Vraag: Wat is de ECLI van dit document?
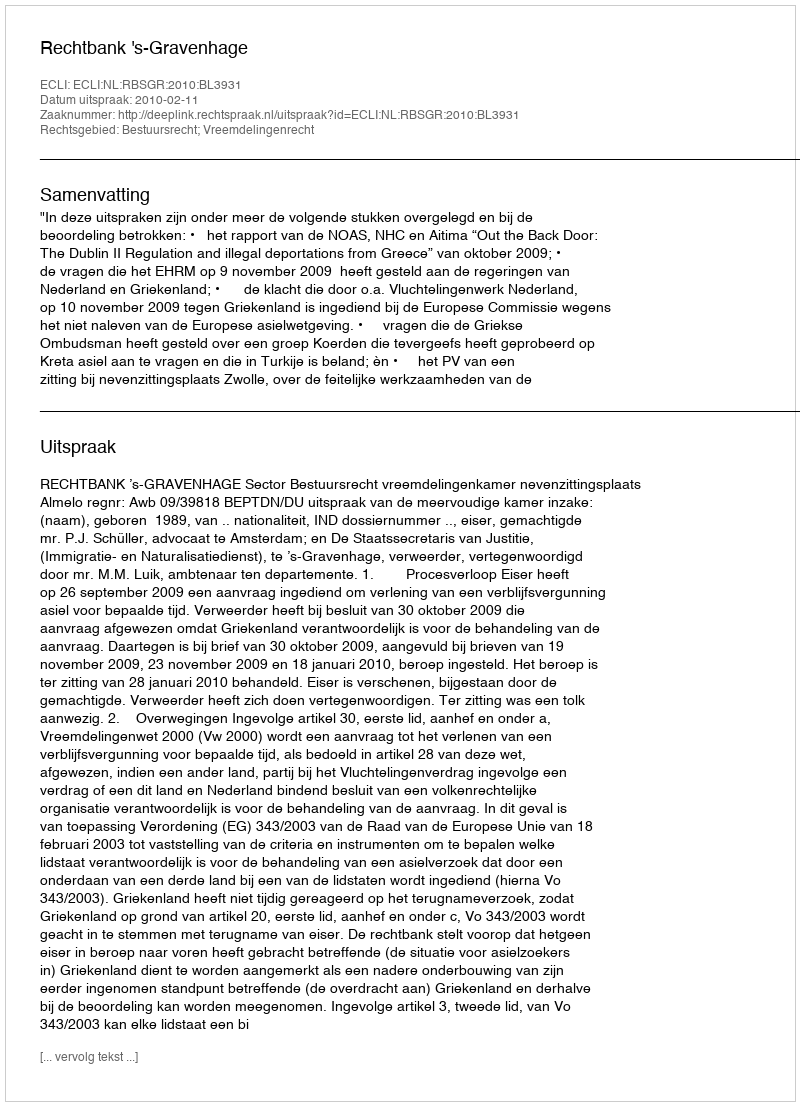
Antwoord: ECLI:NL:RBSGR:2010:BL3931